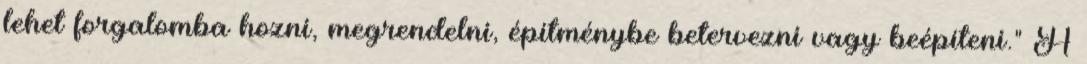
lehet forgalomba hozni, megrendelni, építménybe betervezni vagy beépíteni." A